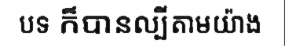
បទ ក៏បានល្បីតាមយ៉ាង